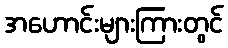
အဟောင်းများကြားတွင်